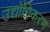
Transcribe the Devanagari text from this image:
उद्योगिकरण